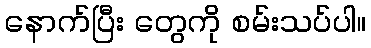
နောက်ပြီး တွေကို စမ်းသပ်ပါ။